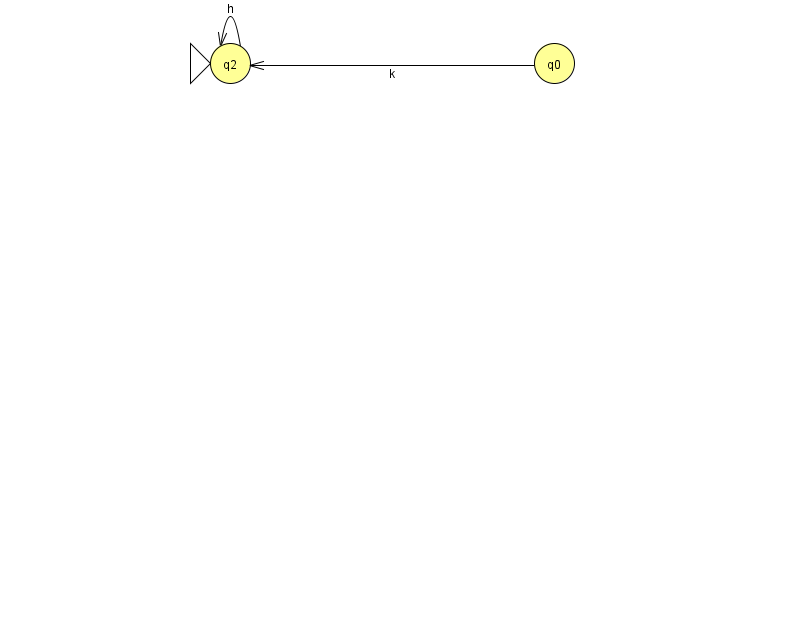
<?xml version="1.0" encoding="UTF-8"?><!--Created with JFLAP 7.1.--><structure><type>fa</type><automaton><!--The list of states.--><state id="0" name="q0"><x>554.0</x><y>50.0</y></state><state id="2" name="q2"><x>230.0</x><y>50.0</y><initial/></state><!--The list of transitions.--><transition><from>0</from><to>2</to><read>k</read></transition><transition><from>2</from><to>2</to><read>h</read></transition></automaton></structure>